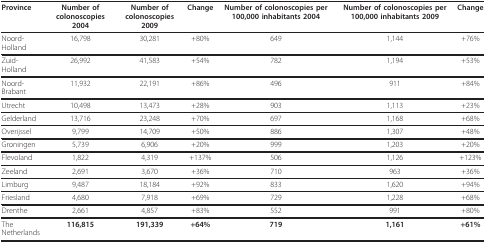
<table><thead><tr><td><b>Province</b></td><td><b>Number of colonoscopies 2004</b></td><td><b>Number of colonoscopies 2009</b></td><td><b>Change</b></td><td><b>Number of colonoscopies per 100,000 inhabitants 2004</b></td><td><b>Number of colonoscopies per 100,000 inhabitants 2009</b></td><td><b>Change</b></td></tr></thead><tbody><tr><td>Noord-Holland</td><td>16,798</td><td>30,281</td><td>+80%</td><td>649</td><td>1,144</td><td>+76%</td></tr><tr><td>Zuid-Holland</td><td>26,992</td><td>41,583</td><td>+54%</td><td>782</td><td>1,194</td><td>+53%</td></tr><tr><td>Noord-Brabant</td><td>11,932</td><td>22,191</td><td>+86%</td><td>496</td><td>911</td><td>+84%</td></tr><tr><td>Utrecht</td><td>10,498</td><td>13,473</td><td>+28%</td><td>903</td><td>1,113</td><td>+23%</td></tr><tr><td>Gelderland</td><td>13,716</td><td>23,248</td><td>+70%</td><td>697</td><td>1,168</td><td>+68%</td></tr><tr><td>Overijssel</td><td>9,799</td><td>14,709</td><td>+50%</td><td>886</td><td>1,307</td><td>+48%</td></tr><tr><td>Groningen</td><td>5,739</td><td>6,906</td><td>+20%</td><td>999</td><td>1,203</td><td>+20%</td></tr><tr><td>Flevoland</td><td>1,822</td><td>4,319</td><td>+137%</td><td>506</td><td>1,126</td><td>+123%</td></tr><tr><td>Zeeland</td><td>2,691</td><td>3,670</td><td>+36%</td><td>710</td><td>963</td><td>+36%</td></tr><tr><td>Limburg</td><td>9,487</td><td>18,184</td><td>+92%</td><td>833</td><td>1,620</td><td>+94%</td></tr><tr><td>Friesland</td><td>4,680</td><td>7,918</td><td>+69%</td><td>729</td><td>1,228</td><td>+68%</td></tr><tr><td>Drenthe</td><td>2,661</td><td>4,857</td><td>+83%</td><td>552</td><td>991</td><td>+80%</td></tr><tr><td>The Netherlands</td><td><b>116,815</b></td><td><b>191,339</b></td><td><b>+64%</b></td><td><b>719</b></td><td><b>1,161</b></td><td><b>+61%</b></td></tr></tbody></table>